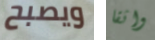
ويصبح واثقا